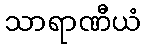
သာရာဏီယံ